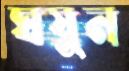
ঘষুন